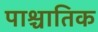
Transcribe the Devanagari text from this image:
पाश्चातिक